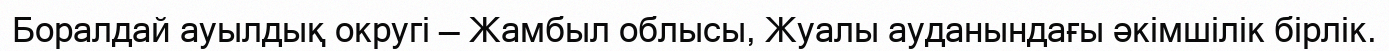
Боралдай ауылдық округі — Жамбыл облысы, Жуалы ауданындағы әкімшілік бірлік.